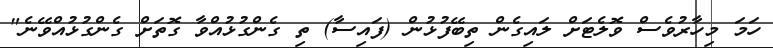
ހަމަ މިހާރުވެސް ވޮލެޓަށް ލައިގެން ތިބޭފުޅުން (ފައިސާ) ތި ގެންގުޅުއްވާ ގޮތަށް ގެންގުޅުއްވޭނެ"